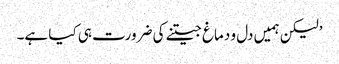
’لیکن ہمیں دل و دماغ جیتنے کی ضرورت ہی کیا ہے۔